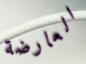
العارضة